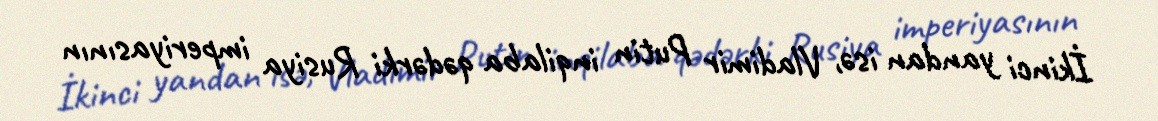
İkinci yandan isə, Vladimir Putin inqilaba qədərki Rusiya imperiyasının